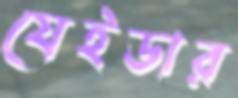
যেইডার